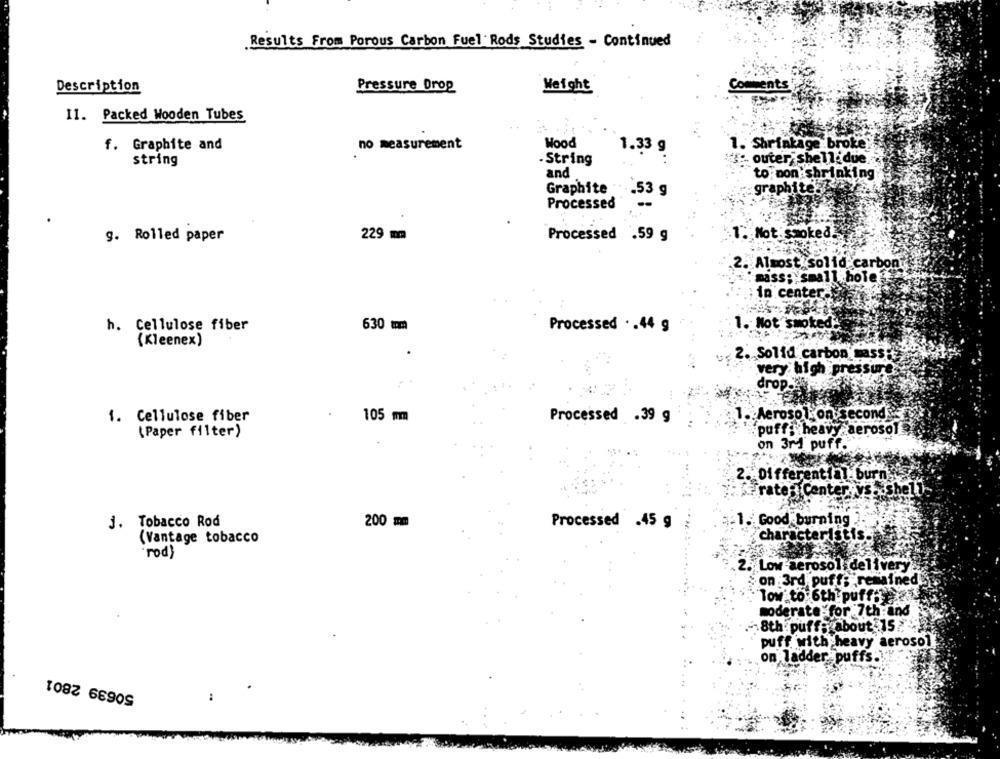
Results From Porous Carbon Fuel Rods Studies - Continued
Description
Pressure Drop
Weight
II. Packed Wooden Tubes
Wood
1. Shrinkage broke"
f. Graphite and
no measurement
1.33 g
- String
outer shelldue
string
and
to mon shrinking
Graphite
graphite
.53 g
Processed
Processed .59 g
. Mot. smoked
g. Rolled paper
229 mm
. Almost solid carbon
mass ;: 'small hole
in centera
h. Cellulose fiber
630 mm
Processed ·. 44 g
1. Not smoked.
(Kleenex)
2. Solid carbon massi
very high pressure
drop.
105 mm
Aerosol on second &e
1. Cellulose fiber
Processed .39 g
(Paper filter)
puffi heavy aerosols
on 3M puff.
2. Differential burn.
Tratest Center vs. shell
J. Tobacco Rod
200 mm
.Good burning
Processed .45 g
(Vantage tobacco
characteristis.
rod)
. Low aerosol delivery
.on :3rd, puff; remained
Tow to 6th puff
moderate:for 7th and
8th puffgrabout 15
puff with heavy aerosol
on ladder puffs.
50639 2801
: